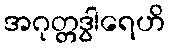
အဂုတ္တဒွါရေဟိ